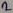
Text: 2